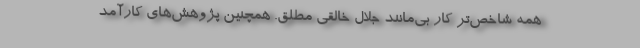
همه شاخص‌تر کار بی‌مانند جلال خالقی مطلق. همچنین پژوهش‌های کارآمد